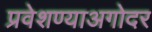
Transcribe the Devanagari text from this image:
प्रवेशण्याअगोदर